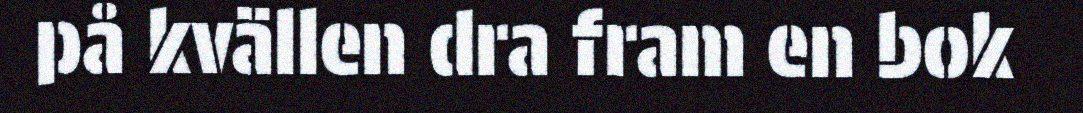
på kvällen dra fram en bok